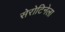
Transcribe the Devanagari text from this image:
सेरोटिनेला